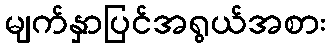
မျက်နှာပြင်အရွယ်အစား